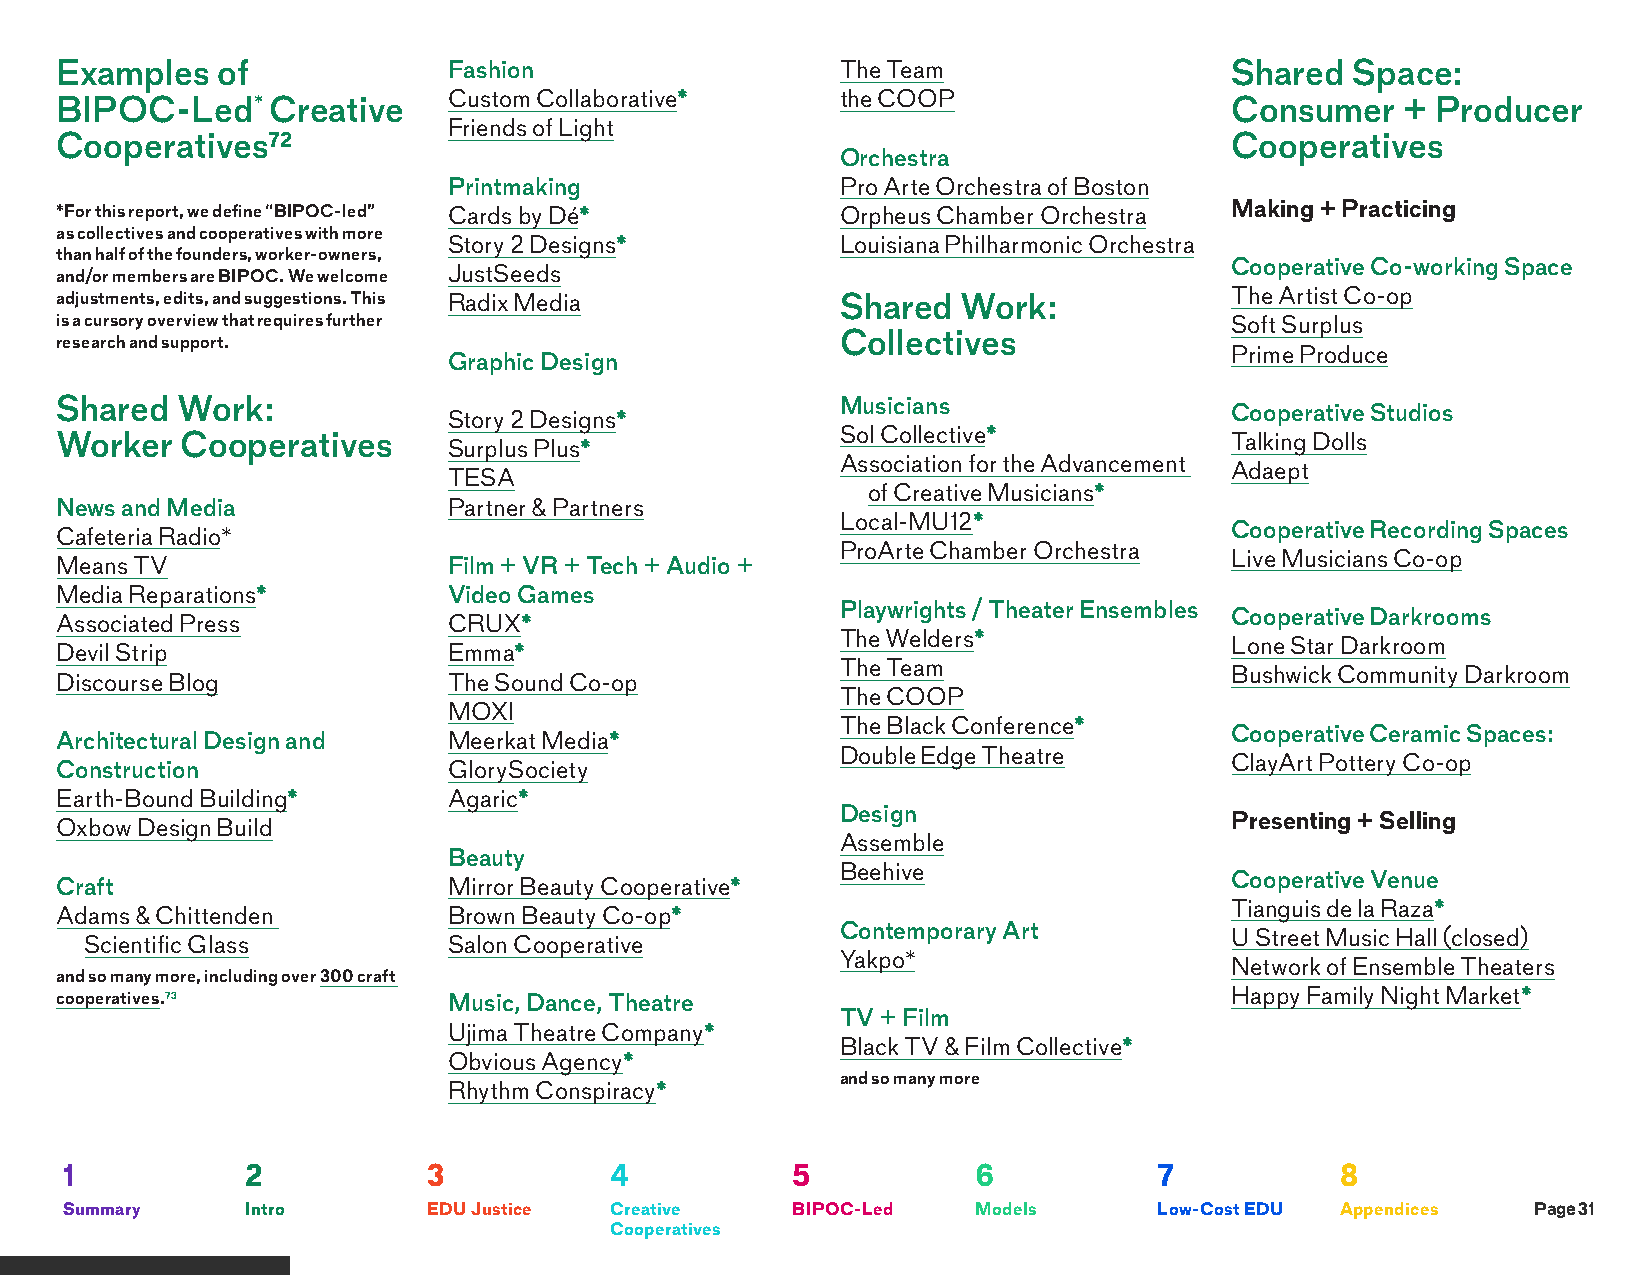
Examples  of              Fashion                   The Team                 Shared  Space:
 BIPOC-Led*    Creative    Custom Collaborative*     the COOP                 Consumer    + Producer
 Friends of Light
 Cooperatives72                                                               Cooperatives
 Orchestra
 Printmaking               Pro Arte Orchestra of Boston
 *For this report, we define “BIPOC-led” Cards by Dé* Orpheus Chamber Orchestra Making + Practicing
 as collectives and cooperatives with more
 Story 2 Designs*          Louisiana Philharmonic Orchestra
 than half of the founders, worker-owners,
 Cooperative Co-working Space
 and/or members are BIPOC. We welcome JustSeeds
 adjustments, edits, and suggestions. This Radix Media Shared Work:           The Artist Co-op
 is a cursory overview that requires further                                  Soft Surplus
 research and support.                               Collectives
 Prime Produce
 Graphic Design
 Shared  Work:                                       Musicians
 Cooperative Studios
 Story 2 Designs*
 Sol Collective*
 Worker  Cooperatives                                                         Talking Dolls
 Surplus Plus*
 Association for the Advancement
 Adaept
 TESA
 of Creative Musicians*
 News and Media            Partner & Partners
 Local-MU12*
 Cooperative Recording Spaces
 Cafeteria Radio*
 ProArte Chamber Orchestra
 Live Musicians Co-op
 Means TV                  Film + VR + Tech + Audio +
 Media Reparations*        Video Games
 Playwrights / Theater Ensembles
 Cooperative Darkrooms
 Associated Press          CRUX*
 The Welders*
 Lone Star Darkroom
 Devil Strip               Emma*
 The Team
 Bushwick Community Darkroom
 Discourse Blog            The Sound Co-op
 The COOP
 MOXI
 The Black Conference*
 Cooperative Ceramic Spaces:
 Architectural Design and  Meerkat Media*
 Double Edge Theatre
 ClayArt Pottery Co-op
 Construction              GlorySociety
 Earth-Bound Building*     Agaric*
 Design
 Presenting + Selling
 Oxbow Design Build
 Assemble
 Beauty
 Beehive
 Cooperative Venue
 Craft                     Mirror Beauty Cooperative*
 Tianguis de la Raza*
 Adams & Chittenden        Brown Beauty Co-op*
 Contemporary Art
 U Street Music Hall (closed)
 Scientific Glass        Salon Cooperative
 Yakpo*
 Network of Ensemble Theaters
 and so many more, including over 300 craft
 cooperatives.73           Music, Dance, Theatre                              Happy Family Night Market*
 TV + Film
 Ujima Theatre Company*
 Black TV & Film Collective*
 Obvious Agency*
 and so many more
 Rhythm Conspiracy*
 1           2           3           4           5            6           7           8
 Summary     Intro       EDU Justice Creative    BIPOC-Led    Models      Low-Cost EDU Appendices  Page 31
 Cooperatives